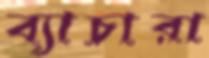
ব্যাচারা